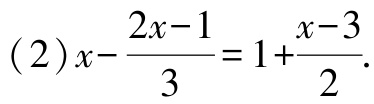
\((2)x - \frac{2x - 1}{3} = 1+\frac{x - 3}{2}\)